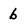
Character: b